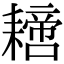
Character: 𦔝